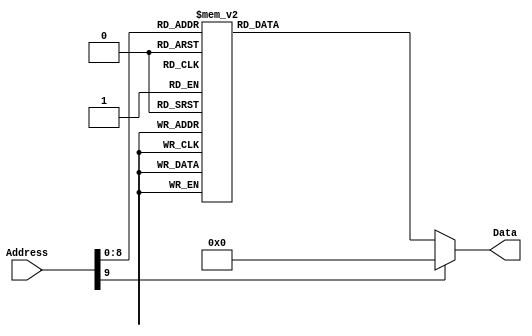
/******************************************************************************
 ** Logisim goes FPGA automatic generated Verilog code                       **
 **                                                                          **
 ** Component : ROM_IRPLACE                                                  **
 **                                                                          **
 ******************************************************************************/

`timescale 1ns/1ps
module ROM_IRPLACE( Address,
                    Data);

   /***************************************************************************
    ** Here the inputs are defined                                           **
    ***************************************************************************/
   input[9:0]  Address;

   /***************************************************************************
    ** Here the outputs are defined                                          **
    ***************************************************************************/
   output[31:0] Data;
   reg[31:0] Data;

   always @ (Address)
   begin
      case(Address)
         0 : Data = 1049747;
         1 : Data = 16777327;
         2 : Data = 1049747;
         3 : Data = 2099475;
         4 : Data = 3148179;
         5 : Data = 16777327;
         6 : Data = 1049747;
         7 : Data = 2099475;
         8 : Data = 3148179;
         9 : Data = 16777327;
         10 : Data = 1049747;
         11 : Data = 2099475;
         12 : Data = 3148179;
         13 : Data = 16777327;
         14 : Data = 1049747;
         15 : Data = 2099475;
         16 : Data = 3148179;
         17 : Data = 1019216111;
         18 : Data = 1049619;
         19 : Data = 1049747;
         20 : Data = 32806035;
         21 : Data = 9438515;
         22 : Data = 35653779;
         23 : Data = 115;
         24 : Data = 2413715;
         25 : Data = 296035;
         26 : Data = -18878353;
         27 : Data = 9438515;
         28 : Data = 35653779;
         29 : Data = 115;
         30 : Data = 1049747;
         31 : Data = 2397331;
         32 : Data = 9438515;
         33 : Data = 35653779;
         34 : Data = 115;
         35 : Data = 296035;
         36 : Data = -18878353;
         37 : Data = 1049747;
         38 : Data = 32806035;
         39 : Data = 9438515;
         40 : Data = 35653779;
         41 : Data = 115;
         42 : Data = 1077204115;
         43 : Data = 9438515;
         44 : Data = 35653779;
         45 : Data = 115;
         46 : Data = 1078252691;
         47 : Data = 9438515;
         48 : Data = 35653779;
         49 : Data = 115;
         50 : Data = 1078252691;
         51 : Data = 9438515;
         52 : Data = 35653779;
         53 : Data = 115;
         54 : Data = 1078252691;
         55 : Data = 9438515;
         56 : Data = 35653779;
         57 : Data = 115;
         58 : Data = 1078252691;
         59 : Data = 9438515;
         60 : Data = 35653779;
         61 : Data = 115;
         62 : Data = 1078252691;
         63 : Data = 9438515;
         64 : Data = 35653779;
         65 : Data = 115;
         66 : Data = 1078252691;
         67 : Data = 9438515;
         68 : Data = 35653779;
         69 : Data = 115;
         70 : Data = 1078252691;
         71 : Data = 9438515;
         72 : Data = 35653779;
         73 : Data = 115;
         74 : Data = 1049619;
         75 : Data = 32774547;
         76 : Data = 1106893203;
         77 : Data = 1075;
         78 : Data = 12585235;
         79 : Data = 3148563;
         80 : Data = 1311763;
         81 : Data = 16020499;
         82 : Data = 8389267;
         83 : Data = 1049363;
         84 : Data = 4823443;
         85 : Data = 9038259;
         86 : Data = 19924275;
         87 : Data = 35653779;
         88 : Data = 115;
         89 : Data = 1080197811;
         90 : Data = -33385245;
         91 : Data = 1311763;
         92 : Data = 15732627;
         93 : Data = 32797747;
         94 : Data = 29627411;
         95 : Data = 8389267;
         96 : Data = 1049363;
         97 : Data = 4839827;
         98 : Data = 9038259;
         99 : Data = 19924275;
         100 : Data = 35653779;
         101 : Data = 115;
         102 : Data = 1080197811;
         103 : Data = -33385245;
         104 : Data = 29643795;
         105 : Data = 1080757043;
         106 : Data = 722019;
         107 : Data = -111153041;
         108 : Data = 691;
         109 : Data = -867693;
         110 : Data = 8557203;
         111 : Data = 267575955;
         112 : Data = 5244211;
         113 : Data = 35653779;
         114 : Data = 115;
         115 : Data = -1047533;
         116 : Data = 1171;
         117 : Data = 8691747;
         118 : Data = 1311763;
         119 : Data = 4490387;
         120 : Data = 8691747;
         121 : Data = 1311763;
         122 : Data = 4490387;
         123 : Data = 8691747;
         124 : Data = 1311763;
         125 : Data = 4490387;
         126 : Data = 8691747;
         127 : Data = 1311763;
         128 : Data = 4490387;
         129 : Data = 8691747;
         130 : Data = 1311763;
         131 : Data = 4490387;
         132 : Data = 8691747;
         133 : Data = 1311763;
         134 : Data = 4490387;
         135 : Data = 8691747;
         136 : Data = 1311763;
         137 : Data = 4490387;
         138 : Data = 8691747;
         139 : Data = 1311763;
         140 : Data = 4490387;
         141 : Data = 8691747;
         142 : Data = 1311763;
         143 : Data = 4490387;
         144 : Data = 8691747;
         145 : Data = 1311763;
         146 : Data = 4490387;
         147 : Data = 8691747;
         148 : Data = 1311763;
         149 : Data = 4490387;
         150 : Data = 8691747;
         151 : Data = 1311763;
         152 : Data = 4490387;
         153 : Data = 8691747;
         154 : Data = 1311763;
         155 : Data = 4490387;
         156 : Data = 8691747;
         157 : Data = 1311763;
         158 : Data = 4490387;
         159 : Data = 8691747;
         160 : Data = 1311763;
         161 : Data = 4490387;
         162 : Data = 8691747;
         163 : Data = 1311763;
         164 : Data = 4490387;
         165 : Data = 1311763;
         166 : Data = 1075;
         167 : Data = 62915731;
         168 : Data = 272771;
         169 : Data = 305667;
         170 : Data = 21602995;
         171 : Data = 165475;
         172 : Data = 20226083;
         173 : Data = 21241891;
         174 : Data = -3898221;
         175 : Data = -23850269;
         176 : Data = 8389939;
         177 : Data = 35653779;
         178 : Data = 115;
         179 : Data = 4457491;
         180 : Data = 62915731;
         181 : Data = -57403677;
         182 : Data = 52430995;
         183 : Data = 115;
         184 : Data = 1049235;
         185 : Data = 3146515;
         186 : Data = 8389779;
         187 : Data = 8688787;
         188 : Data = 124028051;
         189 : Data = 9438515;
         190 : Data = 35653779;
         191 : Data = 115;
         192 : Data = 8392211;
         193 : Data = 5543091;
         194 : Data = 6591667;
         195 : Data = 9438515;
         196 : Data = 35653779;
         197 : Data = 115;
         198 : Data = -127469;
         199 : Data = -32631581;
         200 : Data = 10487955;
         201 : Data = 115;
         202 : Data = -1047917;
         203 : Data = 124781715;
         204 : Data = 8688787;
         205 : Data = 125076627;
         206 : Data = 9438515;
         207 : Data = 35653779;
         208 : Data = 115;
         209 : Data = 16780819;
         210 : Data = 5555379;
         211 : Data = 9438515;
         212 : Data = 35653779;
         213 : Data = 115;
         214 : Data = -127469;
         215 : Data = -32631069;
         216 : Data = 10487955;
         217 : Data = 115;
         218 : Data = 787;
         219 : Data = 16780819;
         220 : Data = 138413203;
         221 : Data = 8688787;
         222 : Data = 137659539;
         223 : Data = 4196627;
         224 : Data = 8984851;
         225 : Data = 4786451;
         226 : Data = 8688787;
         227 : Data = 136610963;
         228 : Data = 8688787;
         229 : Data = 135562387;
         230 : Data = 8984851;
         231 : Data = 4786451;
         232 : Data = 8984851;
         233 : Data = 4786451;
         234 : Data = 9642019;
         235 : Data = 19170483;
         236 : Data = 4391699;
         237 : Data = -127469;
         238 : Data = -32630557;
         239 : Data = 33558035;
         240 : Data = 787;
         241 : Data = 218243;
         242 : Data = 9438515;
         243 : Data = 35653779;
         244 : Data = 115;
         245 : Data = 2294547;
         246 : Data = -127469;
         247 : Data = -32631581;
         248 : Data = 10487955;
         249 : Data = 115;
         250 : Data = -15727469;
         251 : Data = 9438515;
         252 : Data = 35653779;
         253 : Data = 115;
         254 : Data = 1344659;
         255 : Data = -33240861;
         256 : Data = 10487955;
         257 : Data = 115;
         258 : Data = 10487955;
         259 : Data = 115;
         260 : Data = 1043;
         261 : Data = 1311763;
         262 : Data = 8389939;
         263 : Data = 35653779;
         264 : Data = 115;
         265 : Data = 2360339;
         266 : Data = 8389939;
         267 : Data = 35653779;
         268 : Data = 115;
         269 : Data = 3408915;
         270 : Data = 8389939;
         271 : Data = 35653779;
         272 : Data = 115;
         273 : Data = 4457491;
         274 : Data = 8389939;
         275 : Data = 35653779;
         276 : Data = 115;
         277 : Data = 5506067;
         278 : Data = 8389939;
         279 : Data = 35653779;
         280 : Data = 115;
         281 : Data = 6554643;
         282 : Data = 8389939;
         283 : Data = 35653779;
         284 : Data = 115;
         285 : Data = 7603219;
         286 : Data = 8389939;
         287 : Data = 35653779;
         288 : Data = 115;
         289 : Data = 8651795;
         290 : Data = 8389939;
         291 : Data = 35653779;
         292 : Data = 35653779;
         293 : Data = 115;
         294 : Data = 32871;
         default : Data = 0;
      endcase
   end

endmodule